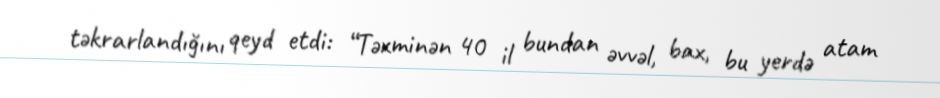
təkrarlandığını qeyd etdi: “Təxminən 40 il bundan əvvəl, bax, bu yerdə atam